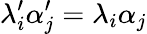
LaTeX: \lambda_{i}^{\prime}\alpha_{j}^{\prime}=\lambda_{i}\alpha_{j}